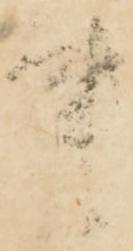
事